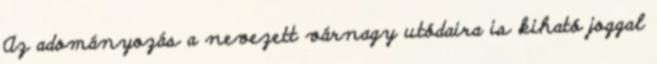
Az adományozás a nevezett várnagy utódaira is kiható joggal